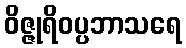
ဝိဇ္ဇုရိဝပ္ပဘာသရေ